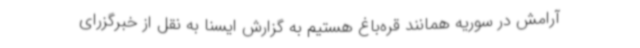
آرامش در سوریه همانند قره‌باغ هستیم به گزارش ایسنا به نقل از خبرگزرای